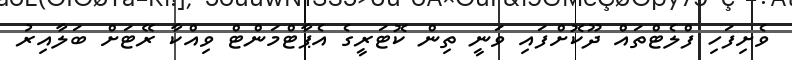
ވެށިފަހި ފްލެޓްތައް ދޫކޮށްފައި ވަނީ ތިން ކޮޓަރީގެ އެޕާޓްމަންޓް ވިއްކާ ރޭޓަށް ބަލާއިރު